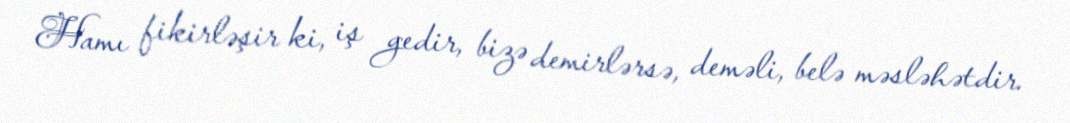
Hamı fikirləşir ki, iş gedir, bizə demirlərsə, deməli, belə məsləhətdir.